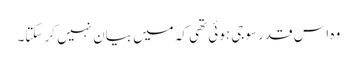
وہ اس قدر سوجی ہوئی تھی کہ میں بیان نہیں کر سکتا۔